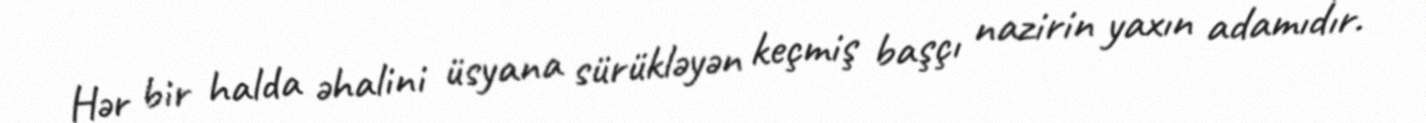
Hər bir halda əhalini üsyana sürükləyən keçmiş başçı nazirin yaxın adamıdır.